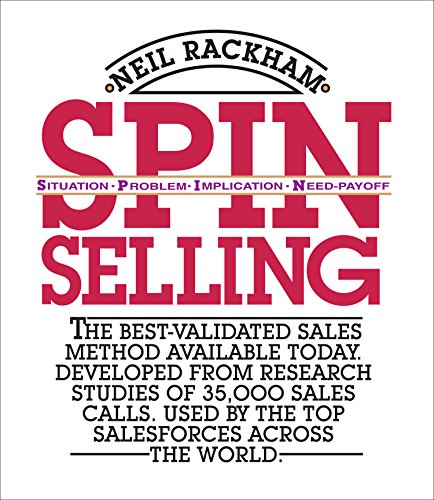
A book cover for Spin Selling; Neil Rackham; Business & Money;